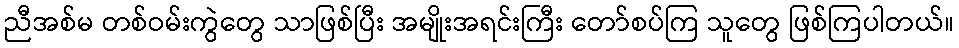
ညီအစ်မ တစ်ဝမ်းကွဲတွေ သာဖြစ်ပြီး အမျိုးအရင်းကြီး တော်စပ်ကြ သူတွေ ဖြစ်ကြပါတယ်။